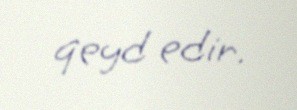
qeyd edir.